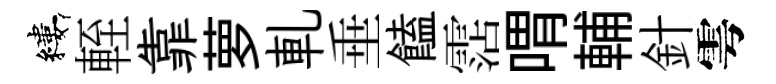
縷輊靠萝軋垂饁霑喟輔針雩